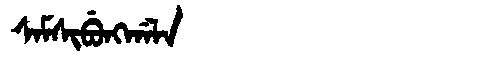
Manchu: ᠰᠠᠮᠰᡳᠪᡠᠩᡤᠠᠯᠠ
Romanization: SAMSIBUNGGALA